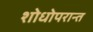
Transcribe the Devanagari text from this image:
शोधोपरान्त